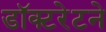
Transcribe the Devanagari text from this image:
डॉक्टरेटने